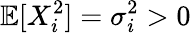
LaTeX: \mathbb{E}[X_{i}^{2}]=\sigma_{i}^{2}>0